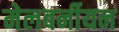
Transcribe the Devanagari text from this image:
मेलबर्नीयन